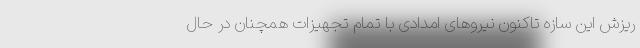
ریزش این سازه تاکنون نیروهای امدادی با تمام تجهیزات همچنان در حال